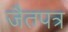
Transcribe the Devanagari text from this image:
जैतपत्र